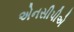
એનસીપીએ